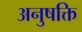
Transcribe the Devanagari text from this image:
अनुषक्ति